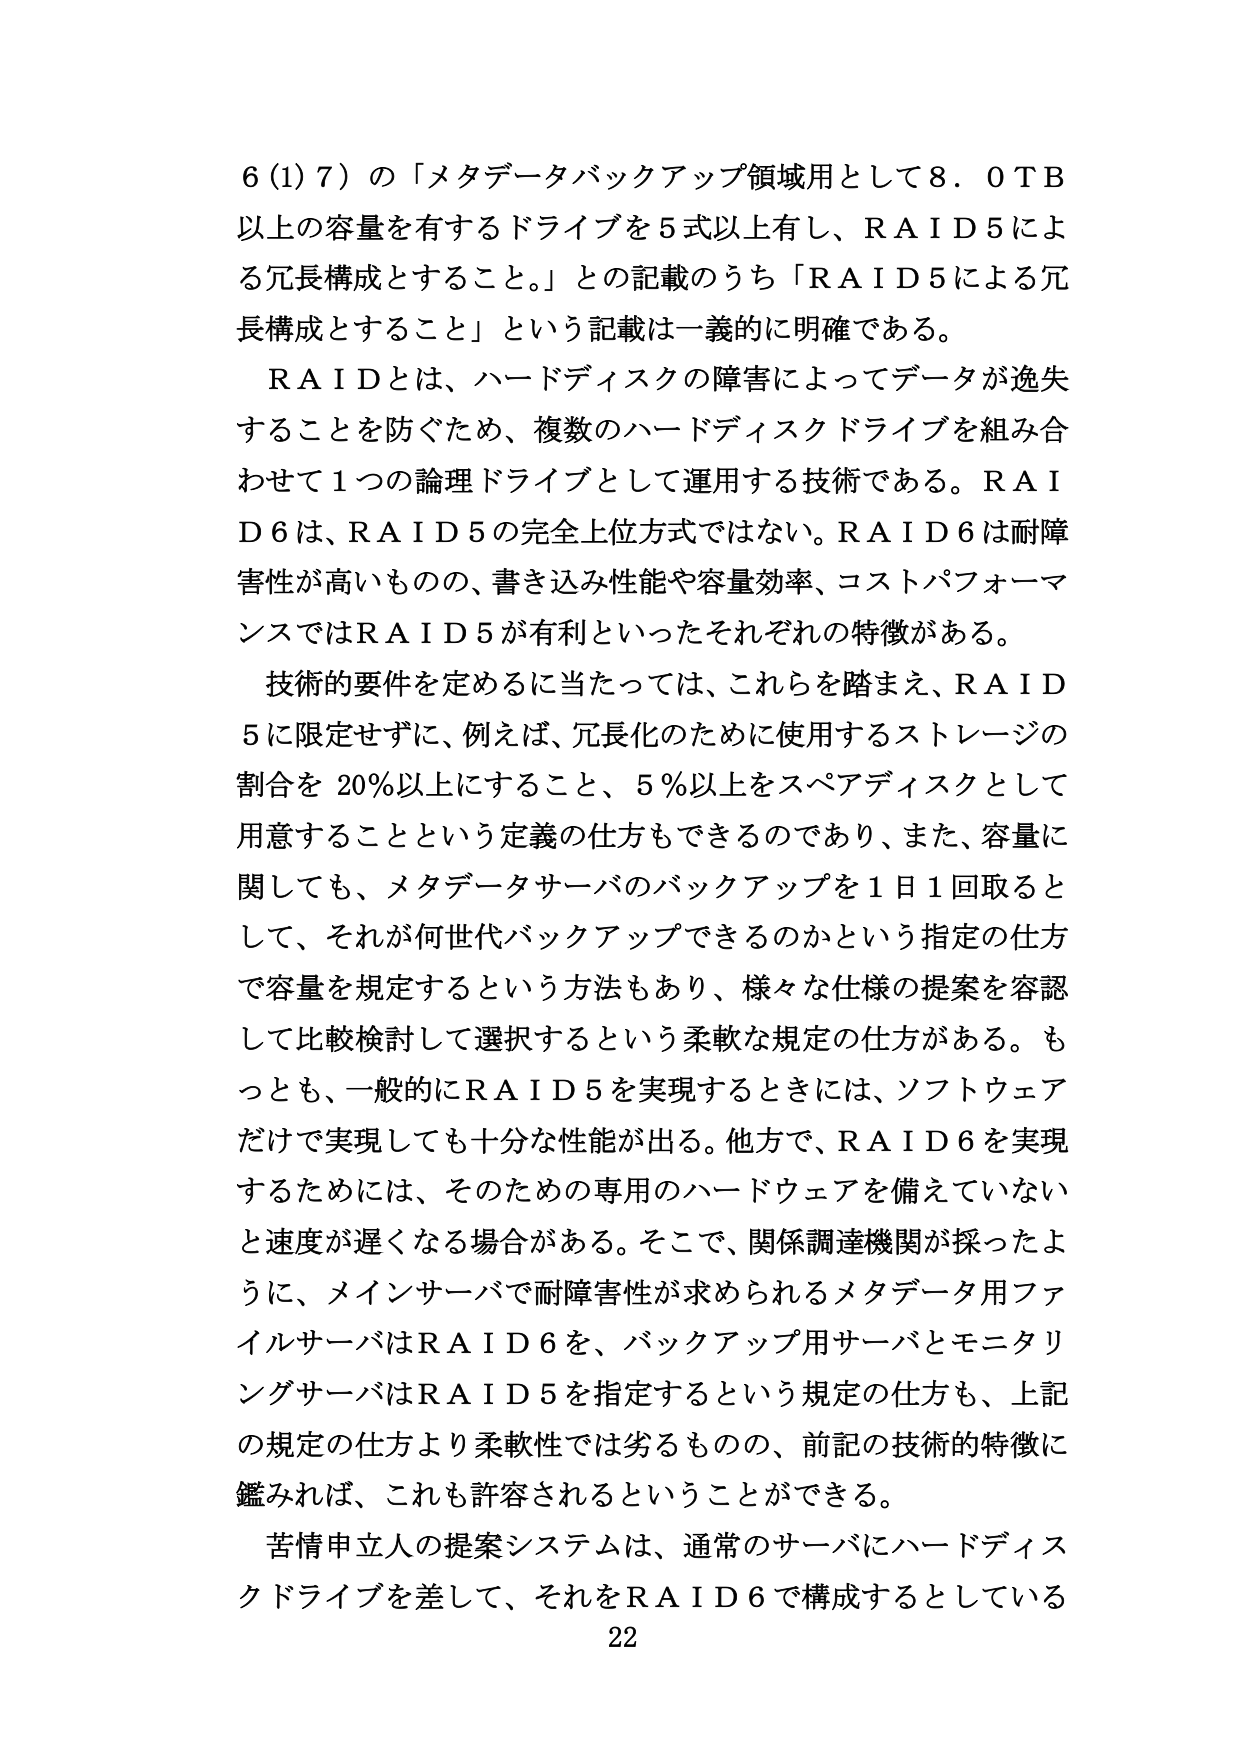
6 (1) 7）の「メタデータバックアップ領域用として8．0TB以上の容量を有するドライブを5式以上有し、RAID5による冗長構成とすること。」との記載のうち「RAID5による冗長構成とすること」という記載は一義的に明確である。

RAIDとは、ハードディスクの障害によってデータが逸失することを防ぐため、複数のハードディスクドライブを組み合わせて1つの論理ドライブとして運用する技術である。RAID6は、RAID5の完全上位方式ではない。RAID6は耐障害性が高いものの、書き込み性能や容量効率、コストパフォーマンスではRAID5が有利といったそれぞれの特徴がある。

技術的要件を定めるに当たっては、これらを踏まえ、RAID5に限定せずに、例えば、冗長化のために使用するストレージの割合を20％以上にすること、5％以上をスペアディスクとして用意することという定義の仕方もできるのであり、また、容量に関しても、メタデータサーバのバックアップを1日1回取るとして、それが何世代バックアップできるのかという指定の仕方で容量を規定するという方法もあり、様々な仕様の提案を容認して比較検討して選択するという柔軟な規定の仕方がある。もっとも、一般的にRAID5を実現するときには、ソフトウェアだけで実現しても十分な性能が出る。他方で、RAID6を実現するためには、そのための専用のハードウェアを備えていないと速度が遅くなる場合がある。そこで、関係調達機関が採ったように、メインサーバで耐障害性が求められるメタデータ用ファイルサーバはRAID6を、バックアップ用サーバとモニタリングサーバはRAID5を指定するという規定の仕方も、上記の規定の仕方より柔軟性では劣るものの、前記の技術的特徴に鑑みれば、これも許容されるということができる。

苦情申立人の提案システムは、通常のサーバにハードディスクドライブを差して、それをRAID6で構成するとしている

22